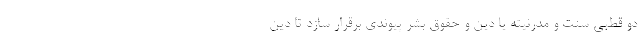
دو قطبی سنت و مدرنیته یا دین و حقوق بشر پیوندی برقرار سازد تا دین